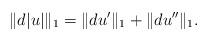
LaTeX: \begin{align*}\|d|u|\|_1=\|du'\|_1+\|du''\|_1.\end{align*}